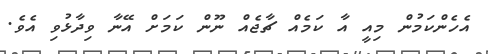
އެހެންކަމުން މިއީ އާ ކަމެއް ޗާޖެއް ނޫން ކަމަށް އޭނާ ވިދާޅުވި އެވެ.